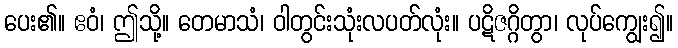
ပေး၏။ ဧဝံ၊ ဤသို့။ တေမာသံ၊ ဝါတွင်းသုံးလပတ်လုံး။ ပဋိဇဂ္ဂိတွာ၊ လုပ်ကျွေး၍။